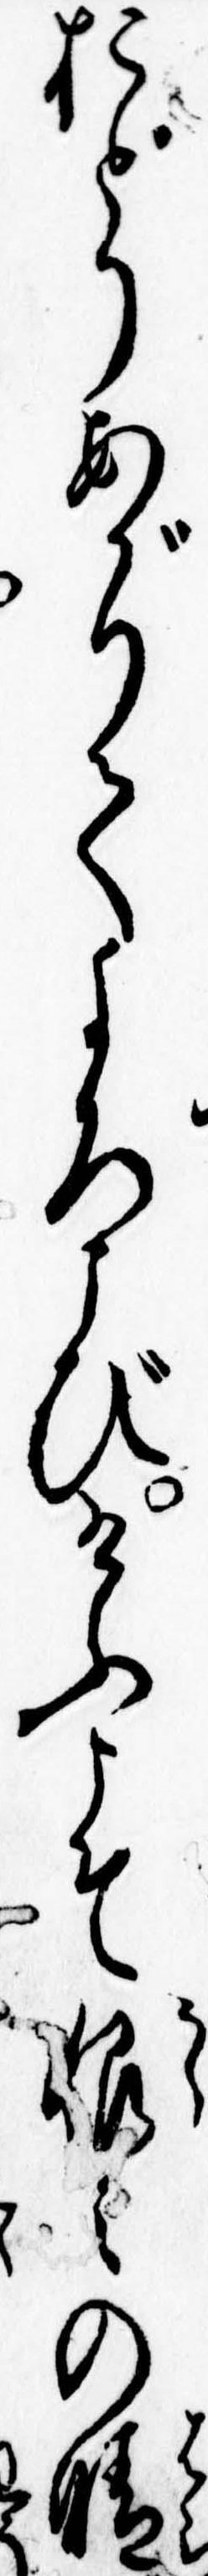
おどりあがりてよろこびけふこそ恨みの晴